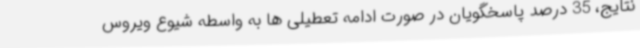
نتایج، 35 درصد پاسخگویان در صورت ادامه تعطیلی ها به واسطه شیوع ویروس